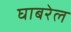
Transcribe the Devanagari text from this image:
घाबरेल